Annual report of the Punjab Veterinary College and of the Civil Veterinary Department, Punjab - 1920-1925
Year: 1920
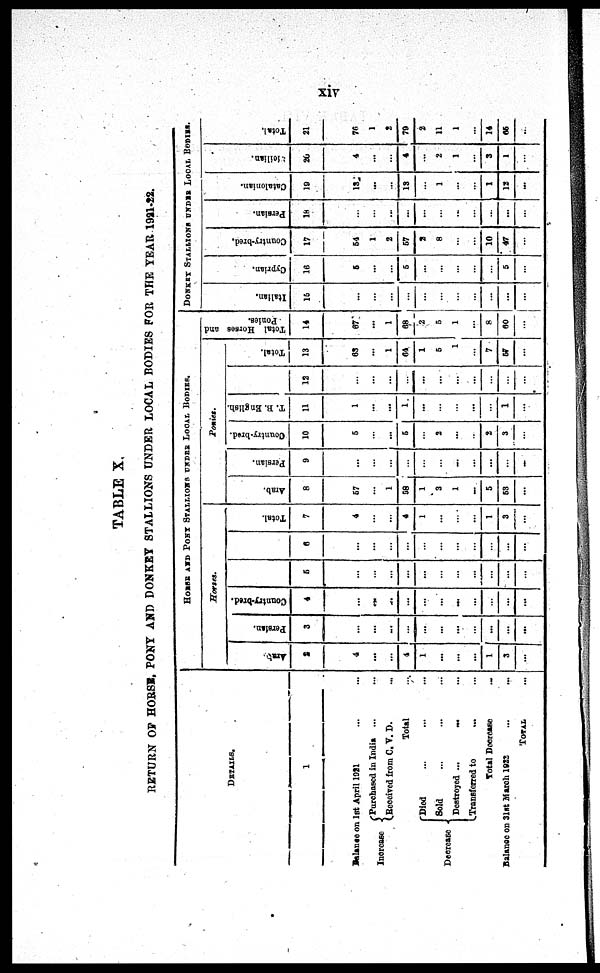
xiv
TABLE X.
RETURN OF HORSE, PONY AND DONKEY STALLIONS UNDER LOCAL BODIES FOR THE YEAR 1921-22.
DETAI LS.
1
Bal ance on 1st Apri l 1921 ... ...
Increase
{ Purchased i n Indi a ... ...
Recei ved f r om C. V. D. ...
Tot al ...
Decrease
{ Di ed ... ... ...
Sol d ... ... ...
Dest royed ... ... ...
Transferred t o ... ...
Tot al Decrease ...
Bal ance on 31st Mar ch 1922 ... ...
TOTAL ...
HORSE AND PONY STALLIONS UNDER LOCAL BODIES.
Horses.
Arab.
2
4
...
...
4
1
...
...
...
1
3
...
Persian.
3
...
...
...
...
...
...
...
...
...
...
...
Country-bred.
4
...
...
...
...
...
...
...
...
...
...
...
5
...
...
...
...
...
...
...
...
...
...
...
6
...
...
...
...
...
...
...
...
...
...
...
Total.
7
4
...
...
4
1
...
...
...
1
3
...
Poni es.
Arab.
8
57
...
1
58
1
3
1
...
5
63
...
Persian.
9
...
...
...
...
...
...
...
...
...
...
...
Country-bred.
10
5
...
...
5
...
2
....
...
2
3
...
T. B. English.
11
1
...
...
1
...
...
...
...
...
1
...
12
...
...
...
...
...
...
...
...
...
...
...
Total.
13
63
...
1
64
1
5
1
...
7
57
...
Total Horses and
Ponies.
14
67
...
1
68
2
5
1
...
8
60
...
DONKEY
STALLI ONS UNDER LOCAL B
I t
al i
an.
15
...
...
...
...
...
...
...
...
...
...
...
Cypr i
a n.
16
5
...
...
5
...
...
...
...
...
5
...
Country-bred.
17
54
1
2
57
2
8
...
...
10
...
...
Pe r
s i
a n.
18
...
...
...
...
...
...
...
...
...
...
...
Ca ta
lonia n.
19
13
...
...
13
...
1
...
...
1
12
...
Meilian.
20
4
...
...
4
...
2
1
...
3
1
...
Tot al .
21
76
1
2
79
2
11
1
...
14
65
...